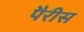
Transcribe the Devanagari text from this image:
पैरीस